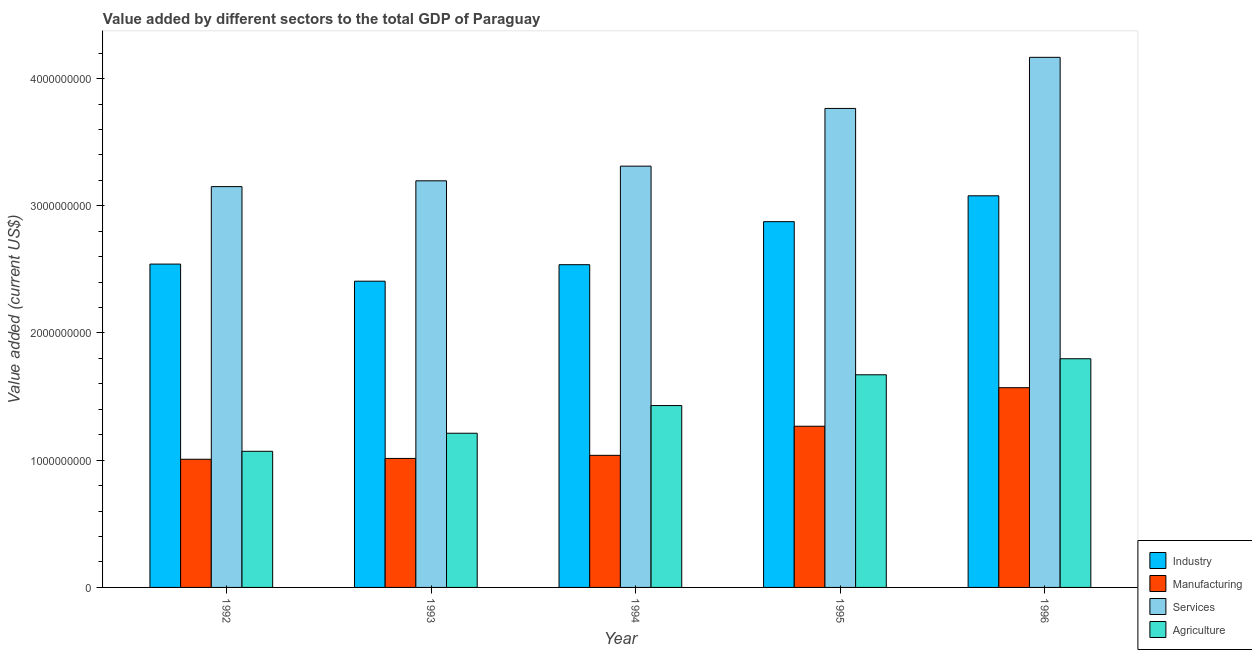
| Year | Industry | Manufacturing | Services | Agriculture |
 | --- | --- | --- | --- | --- |
 | 1992 | 2.54e+09 | 1.01e+09 | 3.15e+09 | 1.07e+09 |
 | 1993 | 2.41e+09 | 1.01e+09 | 3.2e+09 | 1.21e+09 |
 | 1994 | 2.54e+09 | 1.04e+09 | 3.31e+09 | 1.43e+09 |
 | 1995 | 2.88e+09 | 1.27e+09 | 3.77e+09 | 1.67e+09 |
 | 1996 | 3.08e+09 | 1.57e+09 | 4.17e+09 | 1.8e+09 |